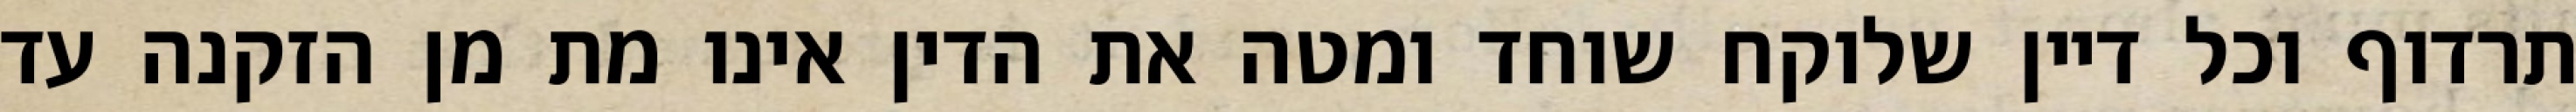
תרדוף וכל דיין שלוקח שוחד ומטה את הדין אינו מת מן הזקנה עד